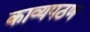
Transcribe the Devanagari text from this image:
काव्यपठण